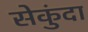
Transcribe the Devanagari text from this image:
सेकुंदा